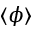
\langle \phi \rangle